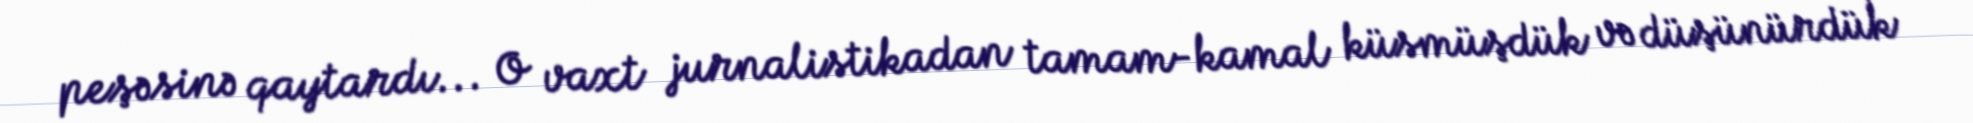
peşəsinə qaytardı... O vaxt jurnalistikadan tamam-kamal küsmüşdük və düşünürdük